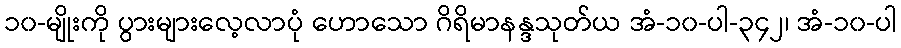
၁၀-မျိုးကို ပွားများလေ့လာပုံ ဟောသော ဂိရိမာနန္ဒသုတ်ယ အံ-၁၀-ပါ-၃၄၂၊ အံ-၁၀-ပါ